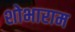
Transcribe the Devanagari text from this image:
शोभाराम